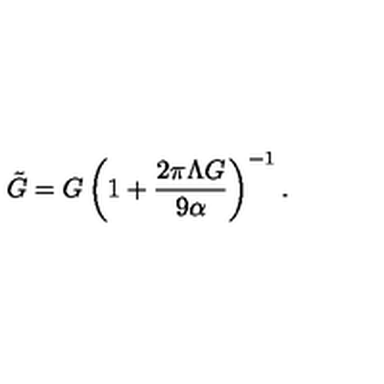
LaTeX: \tilde { G } = G \left( 1 + \frac { 2 \pi \Lambda G } { 9 \alpha } \right) ^ { - 1 } .